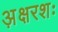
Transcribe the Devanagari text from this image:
अ़क्षरशः